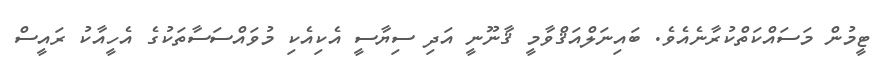
ޓީމުން މަސައްކަތްކުރާނެއެވެ. ބައިނަލްއަޤްވާމީ ޤާނޫނީ އަދި ސިޔާސީ އެކިއެކި މުވައްސަސާތަކުގެ އެހީއާކު ރައީސް